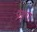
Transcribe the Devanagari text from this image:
प्रहरा